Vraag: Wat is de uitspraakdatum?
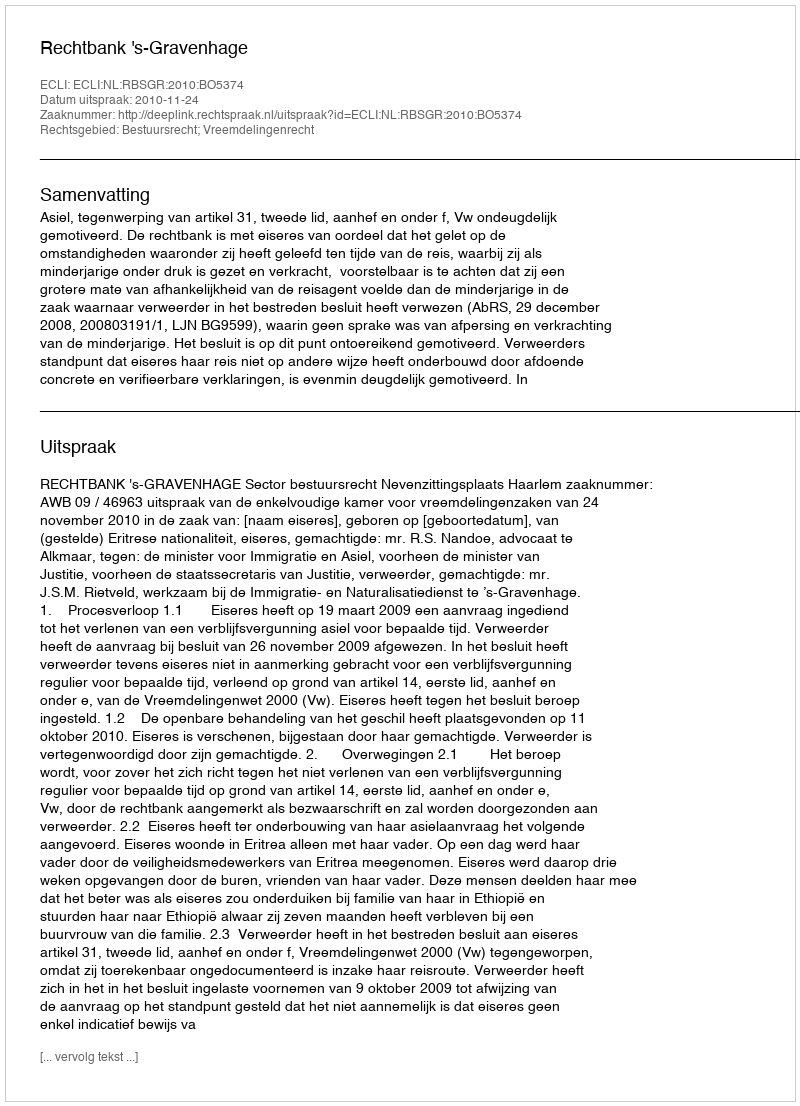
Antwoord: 2010-11-24